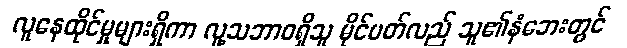
လူနေထိုင်မှုများရှိကာ လူ့သဘာဝရှိသူ မိုင်ပတ်လည် သူ၏နံဘေးတွင်